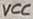
Text: VCC